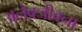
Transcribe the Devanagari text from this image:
अलेक्जीवना